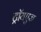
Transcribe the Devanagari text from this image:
ट्रॉयएज